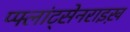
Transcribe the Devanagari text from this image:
प्फ्लांट्सेनराइख़